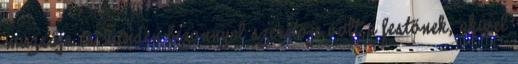
múzsája és minden bizonnyal szeretője volt a festőnek, akivel